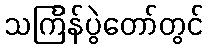
သင်္ကြန်ပွဲတော်တွင်